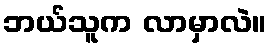
ဘယ်သူက လာမှာလဲ။